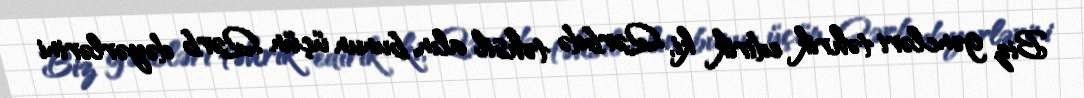
Biz gəncləri təhrik edirik ki, Qərbdə təhsil alın, bunun üçün Qərb dəyərlərini